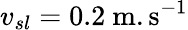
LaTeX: v_{sl}=0.2~\mathrm{m.s^{-1}}